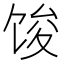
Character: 馂